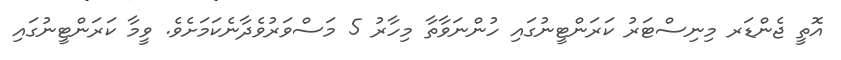
އޮތީ ޖެންޑަރ މިނިސްޓަރު ކަރަންޓީނުގައި ހުންނަވާތާ މިހާރު 5 މަސްވަރުވެދާނެކަމަށެވެ. ވީމާ ކަރަންޓީނުގައި